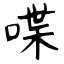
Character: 喋